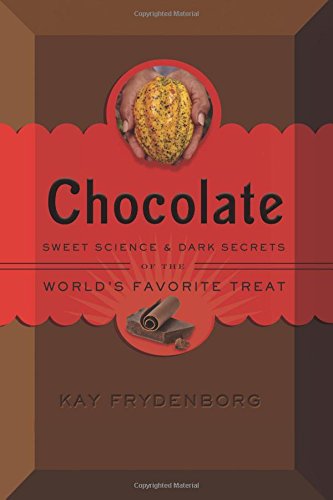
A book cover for Chocolate: Sweet Science & Dark Secrets of the World's Favorite Treat; Kay Frydenborg; Teen & Young Adult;